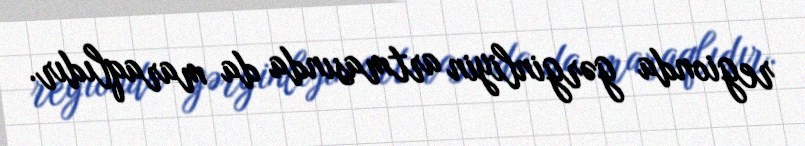
regionda gərginliyin artmasında da maraqlıdır.